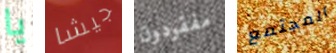
يا جيشا مفقودون المجتمع